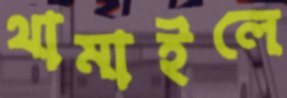
থামাইলে